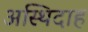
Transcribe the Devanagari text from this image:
अस्थिदाह